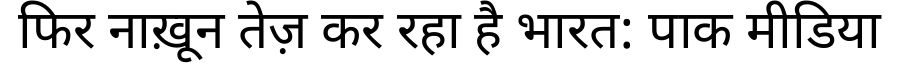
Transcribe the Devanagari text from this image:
फिर नाख़ून तेज़ कर रहा है भारत: पाक मीडिया